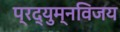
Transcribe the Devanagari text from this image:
प्रद्युम्नविजय